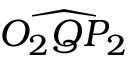
\widehat { O _ { 2 } Q P _ { 2 } }